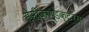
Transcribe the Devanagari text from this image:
सेमीकण्डक्टर्स